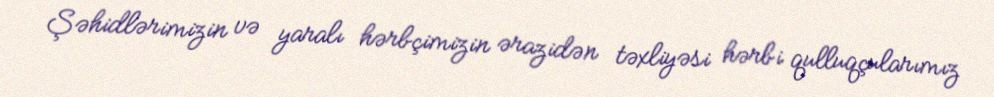
Şəhidlərimizin və yaralı hərbçimizin ərazidən təxliyəsi hərbi qulluqçularımız